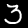
Label: 3